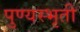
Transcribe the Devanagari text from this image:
पुण्यस्भृती